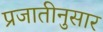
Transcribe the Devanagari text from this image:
प्रजातीनुसार